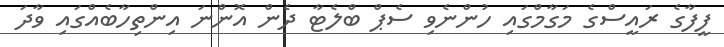
ފީފާގެ ރައީސްގެ މަގާމްގައި ހުންނެވި ސެޕް ބްލެޓާ ދެން އޮންނަ އިންތިހާބެއްގައި ވާދަ